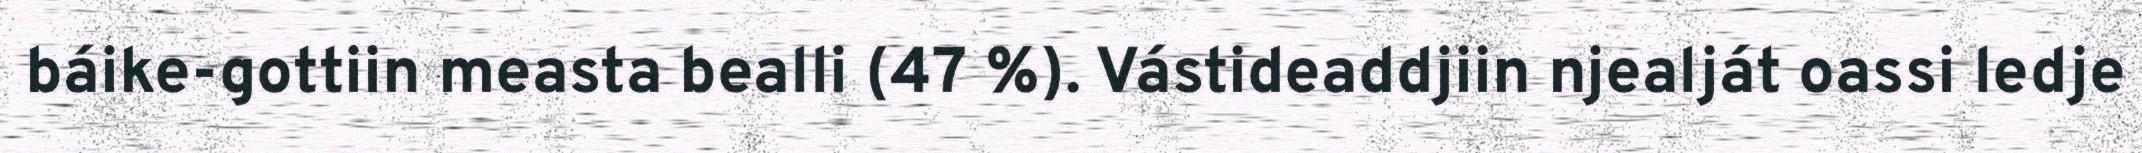
báike-gottiin measta bealli (47 %). Vástideaddjiin njealját oassi ledje